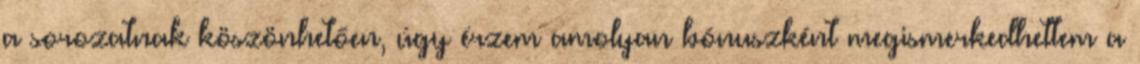
a sorozatnak köszönhetően, úgy érzem amolyan bónuszként megismerkedhettem a